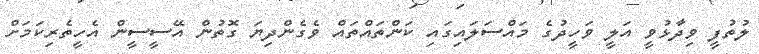
ލުތުފީ ވިދާޅުވީ އަލީ ވަހީދުގެ މައްސަލައިގައި ކަންތައްތައް ވެގެންދިޔަ ގޮތުން އޭސީސީން އެހީތެރިކަމަށް